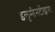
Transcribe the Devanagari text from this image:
इलुमीनटीद्वारा